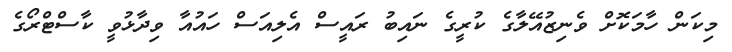
މިކަން ހާމަކޮށް ވެނިޒުއޭލާގެ ކުރީގެ ނައިބު ރައީސް އެލިއަސް ހައުއާ ވިދާޅުވީ ކާސްޓްރޯގެ